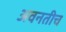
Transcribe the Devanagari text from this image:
अवनतीच